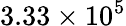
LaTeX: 3.33\times 10^{5}